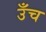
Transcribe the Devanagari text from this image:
उँच